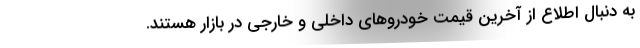
به دنبال اطلاع از آخرین قیمت خودروهای داخلی و خارجی در بازار هستند.